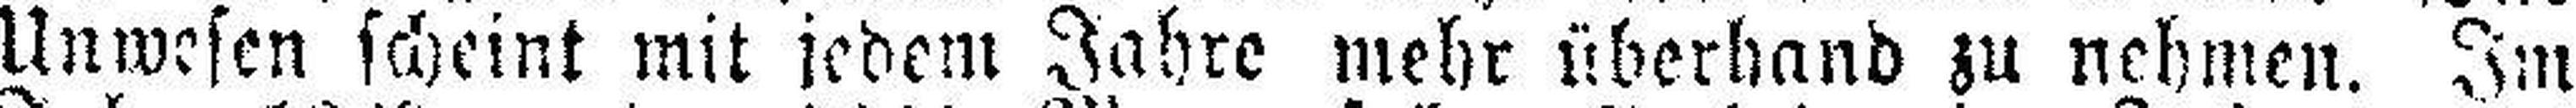
Unwesen scheint mit jedem Jahre mehr überhand zu nehmen. Im